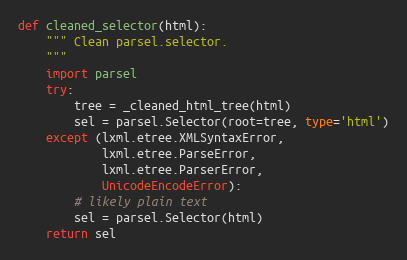
Language: Python
def cleaned_selector(html):
    """ Clean parsel.selector.
    """
    import parsel
    try:
        tree = _cleaned_html_tree(html)
        sel = parsel.Selector(root=tree, type='html')
    except (lxml.etree.XMLSyntaxError,
            lxml.etree.ParseError,
            lxml.etree.ParserError,
            UnicodeEncodeError):
        # likely plain text
        sel = parsel.Selector(html)
    return sel